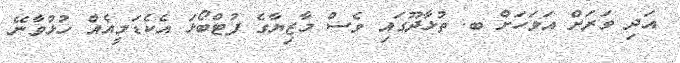
އަދި ވަރަށް އަވަހަށް ބ. ތުޅާދޫގައި ވެސް މާޒިޔާގެ ފުޓްބޯޅަ އެކެޑަމީއެއް ހުޅުވާނޭ